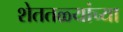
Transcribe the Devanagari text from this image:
शेततळ्यांच्या